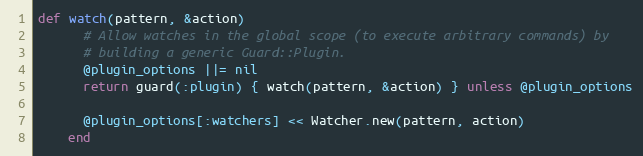
Language: Ruby
def watch(pattern, &action)
      # Allow watches in the global scope (to execute arbitrary commands) by
      # building a generic Guard::Plugin.
      @plugin_options ||= nil
      return guard(:plugin) { watch(pattern, &action) } unless @plugin_options

      @plugin_options[:watchers] << Watcher.new(pattern, action)
    end